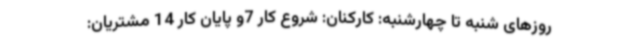
روزهای شنبه تا چهارشنبه: کارکنان: شروع کار 7و پایان کار 14 مشتریان: